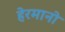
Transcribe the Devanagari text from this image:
हेरमानो